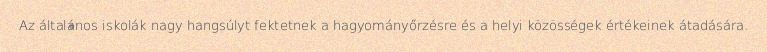
Az általános iskolák nagy hangsúlyt fektetnek a hagyományőrzésre és a helyi közösségek értékeinek átadására.